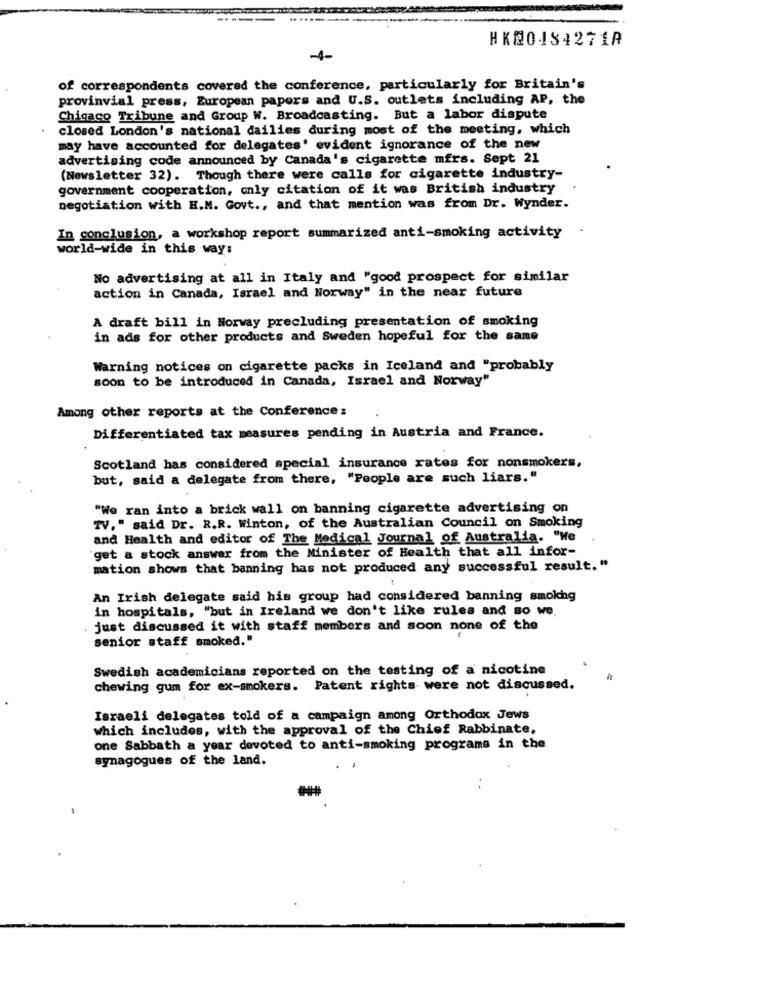
HK20134271A
-+-
of correspondents covered the conference, particularly for Britain's
provinvial press, European papers and U.S. outlets including AP, the
Chigaco Tribune and Group W. Broadcasting. But a labor dispute
closed London's national dailies during most of the meeting, which
may have accounted for delegates' evident ignorance of the new
advertising code announced by Canada's cigarette mfrs. Sept 21
(Newsletter 32). Though there were calls for cigarette industry-
government cooperation, only citation of it was British industry
negotiation with H.M. Govt ., and that mention was from Dr. Wynder.
In conclusion, a workshop report summarized anti-smoking activity
world-wide in this way:
No advertising at all in Italy and "good prospect for similar
action in Canada, Israel and Norway" in the near future
A draft bill in Norway precluding presentation of smoking
in ads for other products and Sweden hopeful for the same
Warning notices on cigarette packs in Iceland and "probably
soon to be introduced in Canada, Israel and Norway"
Among other reports at the Conference:
Differentiated tax measures pending in Austria and France.
Scotland has considered special insurance rates for nonsmokers,
but, said a delegate from there, "People are such liars."
"We ran into a brick wall on banning cigarette advertising on
TV," said Dr. R.R. Winton, of the Australian Council on Smoking
and Health and editor of The Medical Journal of Australia. "We
get a stock answer from the Minister of Health that all infor-
mation shows that banning has not produced any successful result."
An Irish delegate said his group had considered banning smokhg
in hospitals, "but in Ireland we don't like rules and so we.
just discussed it with staff members and soon none of the
senior staff smoked."
Swedish academicians reported on the testing of a nicotine
chewing gum for ex-smokers. Patent rights were not discussed.
Israeli delegates told of a campaign among Orthodox Jews
which includes, with the approval of the Chief Rabbinate,
one Sabbath a year devoted to anti-smoking programs in the
synagogues of the land.